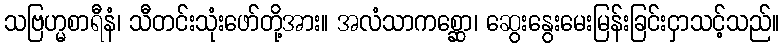
သဗြဟ္မစာရီနံ၊ သီတင်းသုံးဖော်တို့အား။ အလံသာကစ္ဆော၊ ဆွေးနွေးမေးမြန်းခြင်းငှာသင့်သည်။